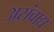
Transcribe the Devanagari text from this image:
असंवाद्य